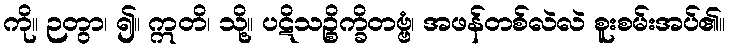
ကို။ ဉတွာ၊ ၍။ ဣတိ၊ သို့။ ပဋိသဉ္စိက္ခိတဗ္ဗံ၊ အဖန်တစ်လဲလဲ စူးစမ်းအပ်၏။